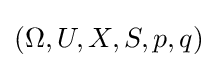
(\Omega ,U,X,S,p,q)